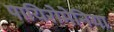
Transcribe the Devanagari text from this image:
पायिरोमेनिया